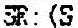
SR:(S